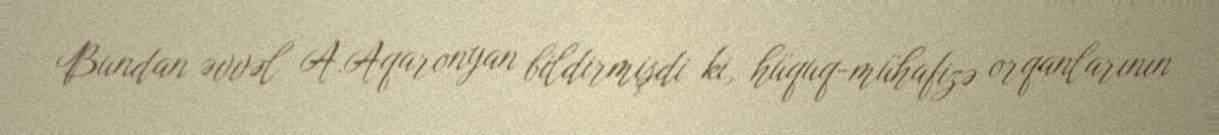
Bundan əvvəl A.Aqaronyan bildirmişdi ki, hüquq-mühafizə orqanlarının